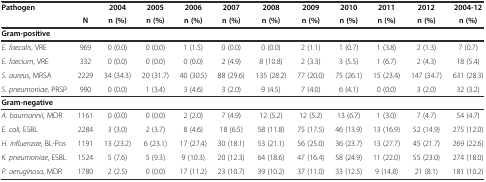
<table><thead><tr><td><b>Pathogen</b></td><td></td><td><b>2004</b></td><td><b>2005</b></td><td><b>2006</b></td><td><b>2007</b></td><td><b>2008</b></td><td><b>2009</b></td><td><b>2010</b></td><td><b>2011</b></td><td><b>2012</b></td><td><b>2004-12</b></td></tr><tr><td></td><td><b>N</b></td><td><b>n (%)</b></td><td><b>n (%)</b></td><td><b>n (%)</b></td><td><b>n (%)</b></td><td><b>n (%)</b></td><td><b>n (%)</b></td><td><b>n (%)</b></td><td><b>n (%)</b></td><td><b>n (%)</b></td><td><b>n (%)</b></td></tr></thead><tbody><tr><td><b>Gram-positive</b></td><td></td><td></td><td></td><td></td><td></td><td></td><td></td><td></td><td></td><td></td><td></td></tr><tr><td><i>E. faecalis</i>, VRE</td><td>969</td><td>0 (0.0)</td><td>0 (0.0)</td><td>1 (1.5)</td><td>0 (0.0)</td><td>0 (0.0)</td><td>2 (1.1)</td><td>1 (0.7)</td><td>1 (3.8)</td><td>2 (1.3)</td><td>7 (0.7)</td></tr><tr><td><i>E. faecium</i>, VRE</td><td>332</td><td>0 (0.0)</td><td>0 (0.0)</td><td>0 (0.0)</td><td>2 (4.9)</td><td>8 (10.8)</td><td>2 (3.3)</td><td>3 (5.5)</td><td>1 (6.7)</td><td>2 (4.3)</td><td>18 (5.4)</td></tr><tr><td><i>S. aureus</i>, MRSA</td><td>2229</td><td>34 (34.3)</td><td>20 (31.7)</td><td>40 (30.5)</td><td>88 (29.6)</td><td>135 (28.2)</td><td>77 (20.0)</td><td>75 (26.1)</td><td>15 (23.4)</td><td>147 (34.7)</td><td>631 (28.3)</td></tr><tr><td><i>S. pneumoniae</i>, PRSP</td><td>990</td><td>0 (0.0)</td><td>1 (3.4)</td><td>3 (4.6)</td><td>3 (2.0)</td><td>9 (4.5)</td><td>7 (4.0)</td><td>6 (4.1)</td><td>0 (0.0)</td><td>3 (2.0)</td><td>32 (3.2)</td></tr><tr><td><b>Gram-negative</b></td><td></td><td></td><td></td><td></td><td></td><td></td><td></td><td></td><td></td><td></td><td></td></tr><tr><td><i>A. baumannii</i>, MDR</td><td>1161</td><td>0 (0.0)</td><td>0 (0.0)</td><td>2 (2.0)</td><td>7 (4.9)</td><td>12 (5.2)</td><td>12 (5.2)</td><td>13 (6.7)</td><td>1 (3.0)</td><td>7 (4.7)</td><td>54 (4.7)</td></tr><tr><td><i>E. coli</i>, ESBL</td><td>2284</td><td>3 (3.0)</td><td>2 (3.7)</td><td>8 (4.6)</td><td>18 (6.5)</td><td>58 (11.8)</td><td>75 (17.5)</td><td>46 (13.9)</td><td>13 (16.9)</td><td>52 (14.9)</td><td>275 (12.0)</td></tr><tr><td><i>H. influenzae</i>, BL-Pos</td><td>1191</td><td>13 (23.2)</td><td>6 (23.1)</td><td>17 (27.4)</td><td>30 (18.1)</td><td>53 (21.1)</td><td>56 (25.0)</td><td>36 (23.7)</td><td>13 (27.7)</td><td>45 (21.7)</td><td>269 (22.6)</td></tr><tr><td><i>K. pneumoniae</i>, ESBL</td><td>1524</td><td>5 (7.6)</td><td>5 (9.3)</td><td>9 (10.3)</td><td>20 (12.3)</td><td>64 (18.6)</td><td>47 (16.4)</td><td>58 (24.9)</td><td>11 (22.0)</td><td>55 (23.0)</td><td>274 (18.0)</td></tr><tr><td><i>P. aeruginosa</i>, MDR</td><td>1780</td><td>2 (2.5)</td><td>0 (0.0)</td><td>17 (11.2)</td><td>23 (10.7)</td><td>39 (10.2)</td><td>37 (11.0)</td><td>33 (12.5)</td><td>9 (14.8)</td><td>21 (8.1)</td><td>181 (10.2)</td></tr></tbody></table>